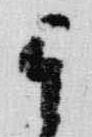
其